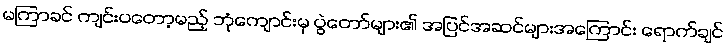
မကြာခင် ကျင်းပတော့မည့် ဘုံကျောင်းမှ ပွဲတော်များ၏ အပြင်အဆင်များအကြောင်း ရောက်ချင်